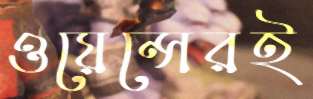
ওয়েন্সেরই